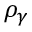
\rho _ { \gamma }